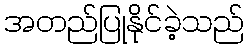
အတည်ပြုနိုင်ခဲ့သည်